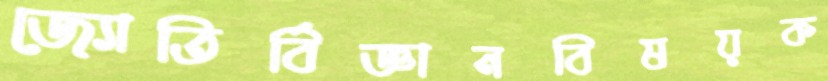
জ্যোতির্বিজ্ঞানবিষয়ক